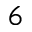
_ 6